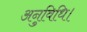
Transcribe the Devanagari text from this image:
अनुविधि।